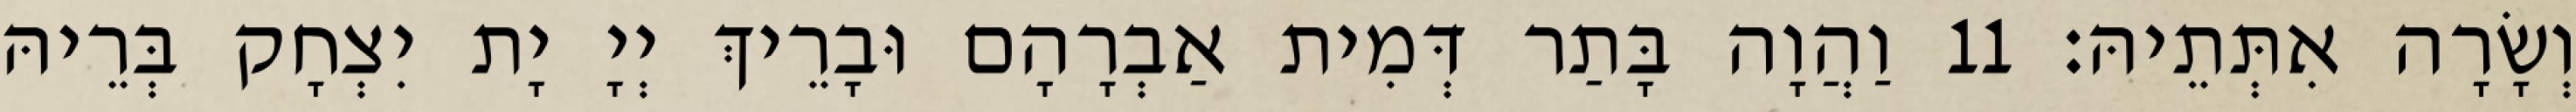
וְשָׂרָה אִתְּתֵיהּ׃ 11 וַהֲוָה בָּתַר דְּמִית אַבְרָהָם וּבָרֵיךְ יְיָ יָת יִצְחָק בְּרֵיהּ